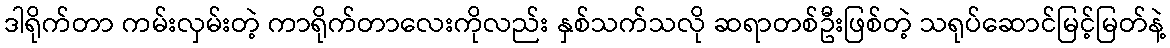
ဒါရိုက်တာ ကမ်းလှမ်းတဲ့ ကာရိုက်တာလေးကိုလည်း နှစ်သက်သလို ဆရာတစ်ဦးဖြစ်တဲ့ သရုပ်ဆောင်မြင့်မြတ်နဲ့